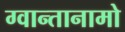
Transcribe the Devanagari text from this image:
ग्वान्तानामो